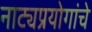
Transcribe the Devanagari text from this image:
नाट्यप्रयोगांचे